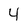
Character: 4